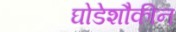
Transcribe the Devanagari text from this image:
घोडेशौकीन